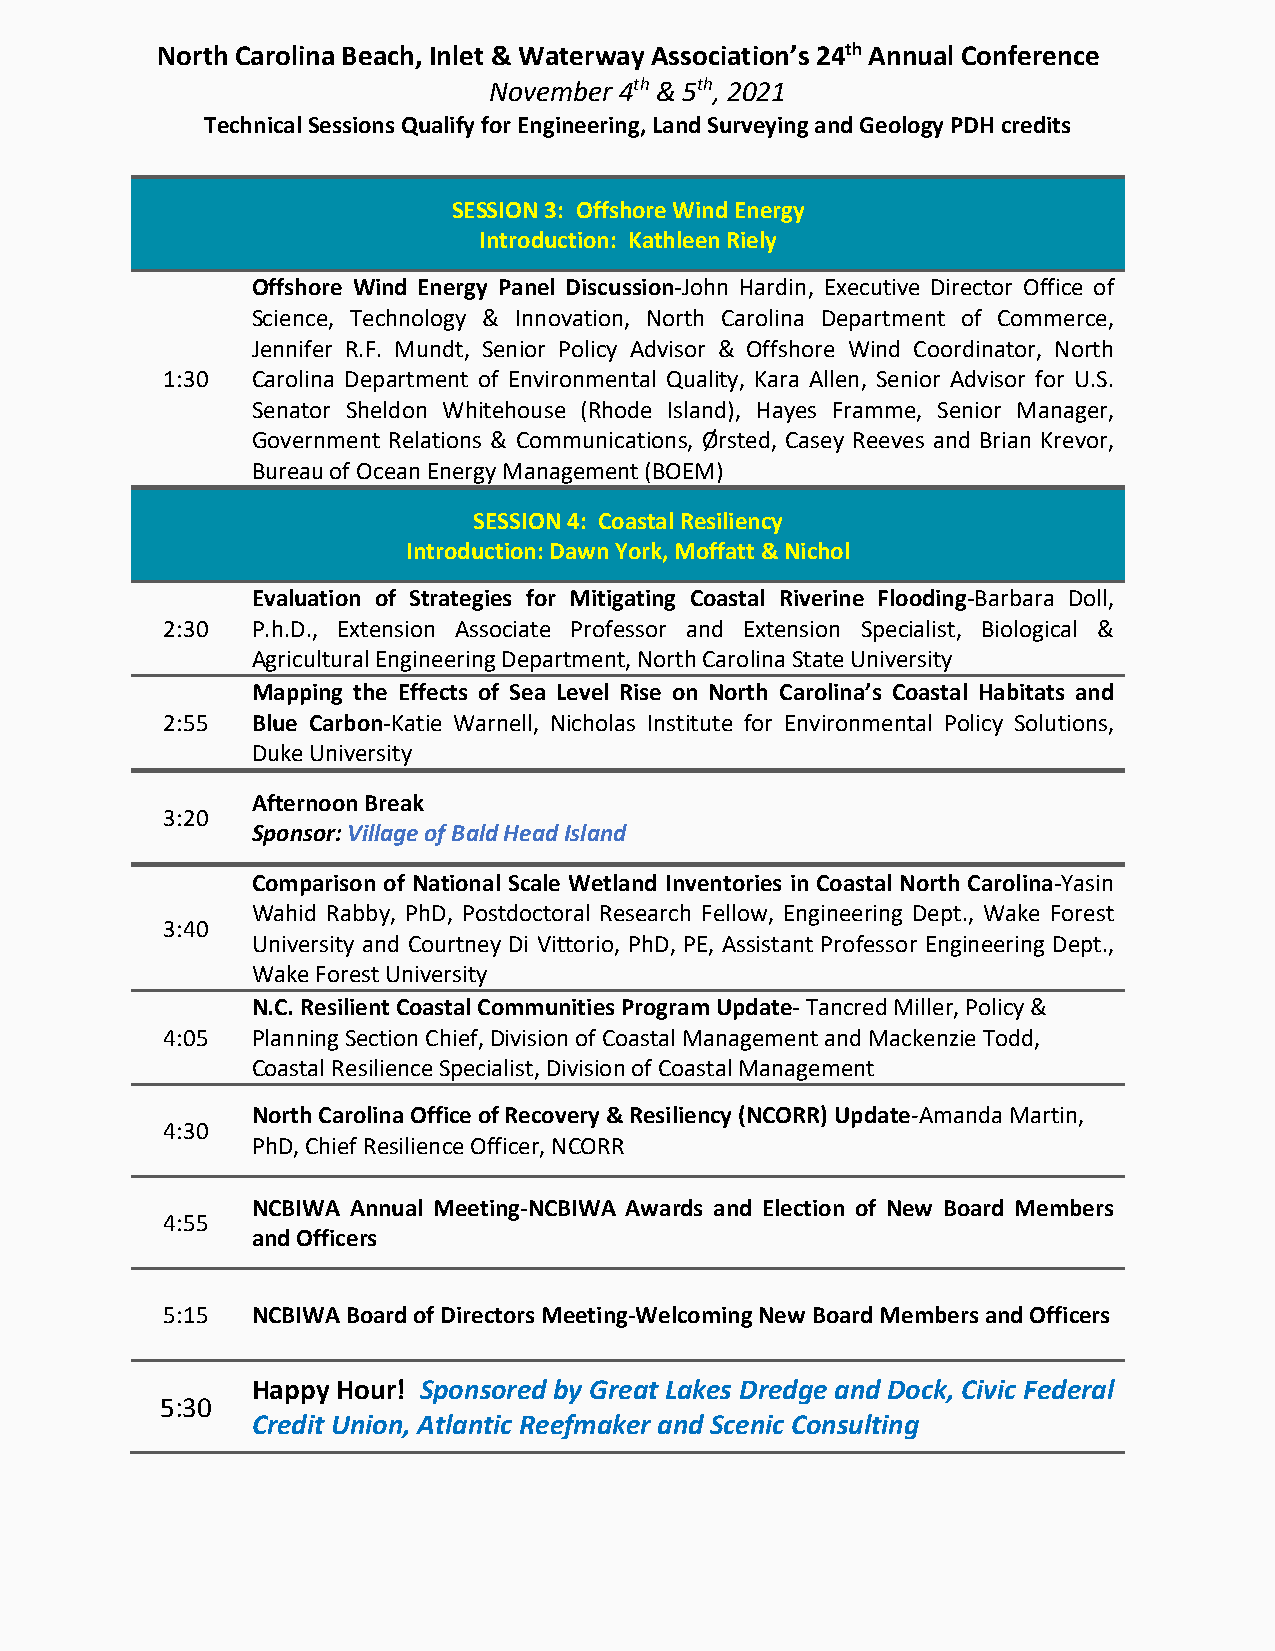
North Carolina Beach, Inlet & Waterway Association’s 24th Annual Conference
 November 4th & 5th, 2021
 Technical Sessions Qualify for Engineering, Land Surveying and Geology PDH credits
 SESSION 3: Offshore Wind Energy
 Introduction: Kathleen Riely
 Offshore Wind Energy Panel Discussion-John Hardin, Executive Director Office of
 Science, Technology & Innovation, North Carolina Department of Commerce,
 Jennifer R.F. Mundt, Senior Policy Advisor & Offshore Wind Coordinator, North
 1:30  Carolina Department of Environmental Quality, Kara Allen, Senior Advisor for U.S.
 Senator Sheldon Whitehouse (Rhode Island), Hayes Framme, Senior Manager,
 Government Relations & Communications, Ørsted, Casey Reeves and Brian Krevor,
 Bureau of Ocean Energy Management (BOEM)
 SESSION 4: Coastal Resiliency
 Introduction: Dawn York, Moffatt & Nichol
 Evaluation of Strategies for Mitigating Coastal Riverine Flooding-Barbara Doll,
 2:30  P.h.D., Extension Associate Professor and Extension Specialist, Biological &
 Agricultural Engineering Department, North Carolina State University
 Mapping the Effects of Sea Level Rise on North Carolina’s Coastal Habitats and
 2:55  Blue Carbon-Katie Warnell, Nicholas Institute for Environmental Policy Solutions,
 Duke University
 Afternoon Break
 3:20
 Sponsor: Village of Bald Head Island
 Comparison of National Scale Wetland Inventories in Coastal North Carolina-Yasin
 Wahid Rabby, PhD, Postdoctoral Research Fellow, Engineering Dept., Wake Forest
 3:40
 University and Courtney Di Vittorio, PhD, PE, Assistant Professor Engineering Dept.,
 Wake Forest University
 N.C. Resilient Coastal Communities Program Update- Tancred Miller, Policy &
 4:05  Planning Section Chief, Division of Coastal Management and Mackenzie Todd,
 Coastal Resilience Specialist, Division of Coastal Management
 North Carolina Office of Recovery & Resiliency (NCORR) Update-Amanda Martin,
 4:30
 PhD, Chief Resilience Officer, NCORR
 NCBIWA Annual Meeting-NCBIWA Awards and Election of New Board Members
 4:55
 and Officers
 5:15  NCBIWA Board of Directors Meeting-Welcoming New Board Members and Officers
 Happy Hour! Sponsored by Great Lakes Dredge and Dock, Civic Federal
 5:30
 Credit Union, Atlantic Reefmaker and Scenic Consulting